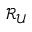
\mathcal { R } _ { \mathcal { U } }